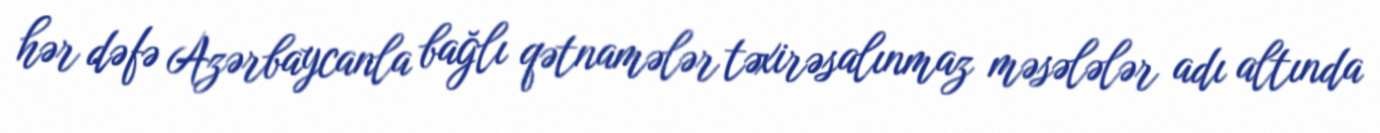
hər dəfə Azərbaycanla bağlı qətnamələr təxirəsalınmaz məsələlər adı altında